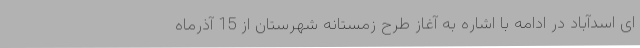
ای اسدآباد در ادامه با اشاره به آغاز طرح زمستانه شهرستان از 15 آذرماه